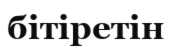
бітіретін